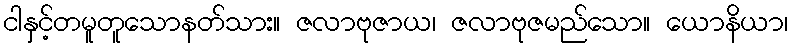
ငါနှင့်တမူတူသောနတ်သား။ ဇလာဗုဇာယ၊ ဇလာဗုဇမည်သော။ ယောနိယာ၊